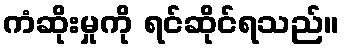
ကံဆိုးမှုကို ရင်ဆိုင်ရသည်။